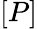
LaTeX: [P]